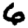
Digit: 6